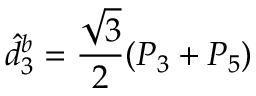
\hat { d } _ { 3 } ^ { b } = \frac { \sqrt { 3 } } { 2 } ( P _ { 3 } + P _ { 5 } )